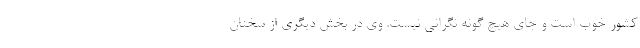
کشور خوب است و جای هیچ گونه نگرانی نیست. وی در بخش دیگری از سخنان